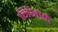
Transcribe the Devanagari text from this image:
निंभाळे